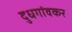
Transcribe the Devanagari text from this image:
दुधगांवकर